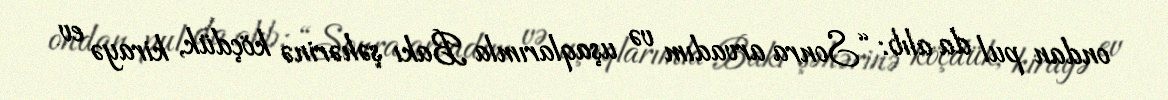
ondan pul da alıb: “Sonra arvadım və uşaqlarımla Bakı şəhərinə köçdük, kirayə ev